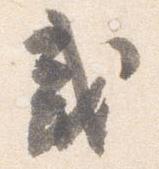
或